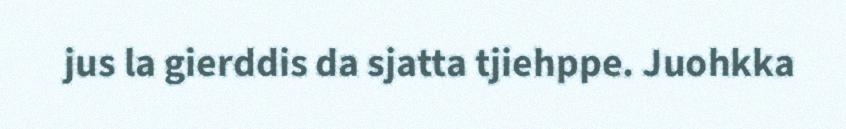
jus la gierddis da sjatta tjiehppe. Juohkka